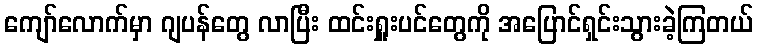
ကျော်လောက်မှာ ဂျပန်တွေ လာပြီး ထင်းရှူးပင်တွေကို အပြောင်ရှင်းသွားခဲ့ကြတယ်